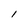
Character: I